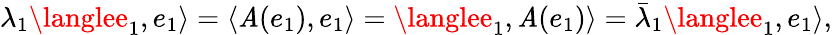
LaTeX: \lambda_{1}\langlee_{1},e_{1}\rangle=\langle\mathit{A}(e_{1}),e_{1}\rangle=\langlee_{1},\mathit{A}(e_{1})\rangle={\bar{{\lambda}}}_{1}\langlee_{1},e_{1}\rangle,